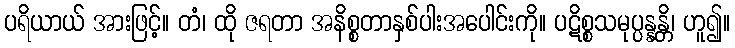
ပရိယာယ် အားဖြင့်။ တံ၊ ထို ဇရတာ အနိစ္စတာနှစ်ပါးအပေါင်းကို။ ပဋိစ္စသမုပ္ပန္နန္တိ၊ ဟူ၍။